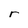
Character: r